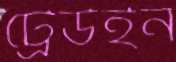
ট্রেউইন